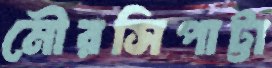
মৌরসিপাট্টা